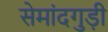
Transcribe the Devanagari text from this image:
सेमांदगुड़ी